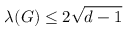
\lambda ( G ) \leq 2 { \sqrt { d - 1 } }